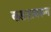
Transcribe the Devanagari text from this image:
कडय़ावरून